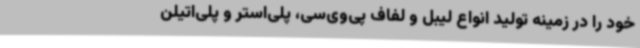
خود را در زمینه تولید انواع لیبل و لفاف پی‌وی‌سی، پلی‌استر و پلی‌اتیلن